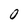
Character: 0